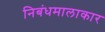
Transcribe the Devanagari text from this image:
निबंधमालाकार